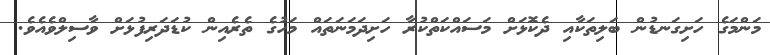
މަންމަގެ ހަށިގަނޑުން ބަލިތަކާއި ދެކޮޅަށް މަސައްކަތްކުރާ ހަށިދަމަނަތައް މަހުގެ ތެރެއިން ކުޑަދަރިފުޅަށް ވާސިލްވެއެވެ.